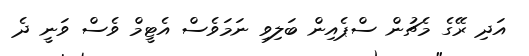
އަދި ރޭގެ މެޗުން ސްޕެއިން ބަލިވި ނަމަވެސް އެޓީމް ވެސް ވަނީ ދެ